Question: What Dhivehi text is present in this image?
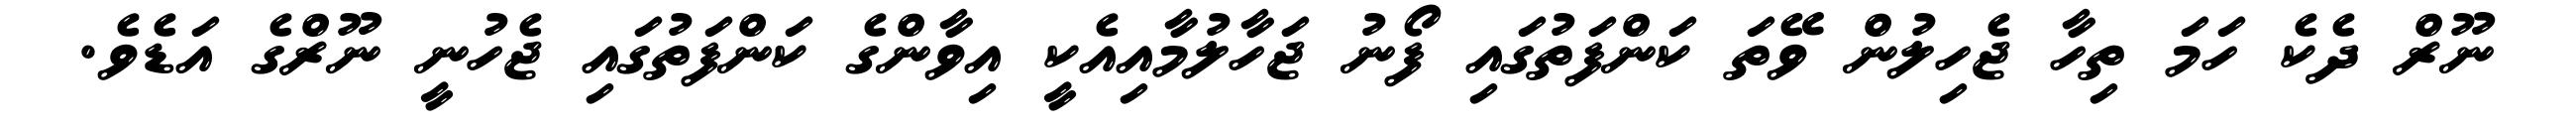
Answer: ނޫރް ދެކެ ހަމަ ތިހާ ޖެހިލުން ވޭތަ ކަންފަތުގައި ފޯނު ޖަހާލުމާއިއެކީ އިވާންގެ ކަންފަތުގައި ޖެހުނީ ނޫރްގެ އަޑެވެ.